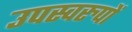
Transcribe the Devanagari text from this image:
उपस्वरुपों